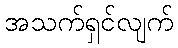
အသက်ရှင်လျက်